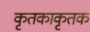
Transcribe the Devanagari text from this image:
कृतकाकृतक